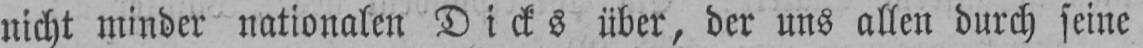
nicht minder nationalen Dicks über, der uns allen durch seine